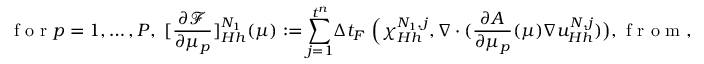
\textrm { f o r } p = 1 , \dots , P , \ [ \frac { \partial \mathcal { F } } { \partial \mu _ { p } } ] _ { H h } ^ { N _ { 1 } } ( \mu ) : = \overset { t ^ { n } } { \underset { j = 1 } { \sum } } \Delta t _ { F } \ \Big ( \chi _ { H h } ^ { N _ { 1 } , j } , \nabla \cdot ( \frac { \partial A } { \partial \mu _ { p } } ( \mu ) \nabla u _ { H h } ^ { N , j } ) \big ) , \textrm { f r o m } ,